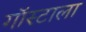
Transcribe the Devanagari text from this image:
गॉस्टाला